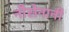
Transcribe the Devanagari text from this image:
नौसेनानी